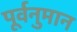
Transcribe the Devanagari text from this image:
पूर्वनुमान